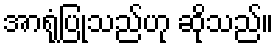
အာရုံပြုသည်ဟု ဆိုသည်။